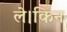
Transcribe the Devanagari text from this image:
ले।किन